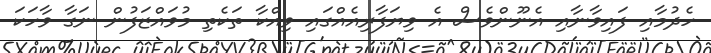
ހެދުމާއި ފައިވާނާއި އެނޫންވެސް އެ ވިޔަފާރިއެއްގައި ވިއްކާ ތަކެތި މުވައްޒަފުން ނަގާ ވާހަކަ